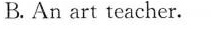
B. An art teacher.